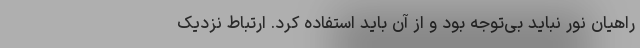
راهیان نور نباید بی‌توجه بود و از آن باید استفاده کرد. ارتباط نزدیک